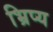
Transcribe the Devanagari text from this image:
भ्रिप्य